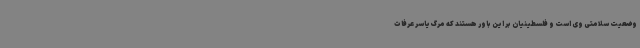
وضعیت سلامتی وی است و فلسطینیان بر این باور هستند که مرگ یاسر عرفات